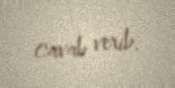
cavab verib.